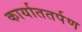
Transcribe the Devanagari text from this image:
कार्याततर्पण